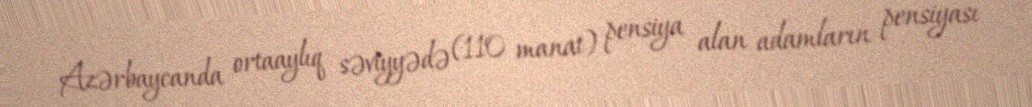
Azərbaycanda ortaaylıq səviyyədə (110 manat) pensiya alan adamların pensiyası